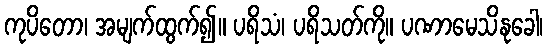
ကုပိတော၊ အမျက်ထွက်၍။ ပရိသံ၊ ပရိသတ်ကို။ ပဏာမေသိနုခေါ၊